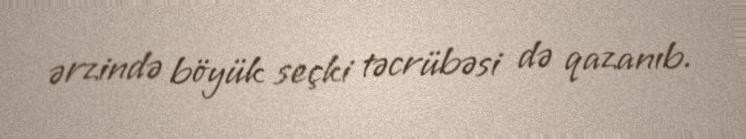
ərzində böyük seçki təcrübəsi də qazanıb.